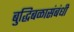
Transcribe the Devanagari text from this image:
बुद्धिबळासंबंधी